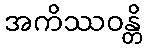
အကိဿဝန္တိ